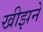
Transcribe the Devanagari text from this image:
खीझने